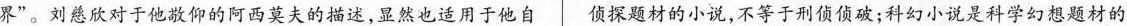
界”。刘慈欣收对于他敬仰的阿西莫夫的描述，显然也适用于他自 侦探题材的小说，不等于刑侦侦破；科幻小说是科学幻想题材的